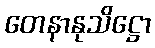
တေနာနုသိဋ္ဌော